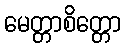
မေတ္တာစိတ္တော